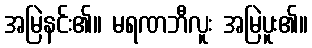
အမြဲနင်း၏။ မရဏဘီလူး အမြဲပူး၏။